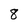
Character: 8